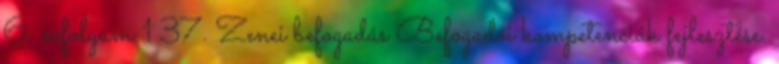
6. évfolyam 1 37. Zenei befogadás Befogadói kompetenciák fejlesztése.